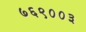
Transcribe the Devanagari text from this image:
७६९००३